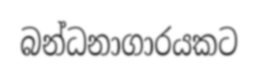
බන්ධනාගාරයකට